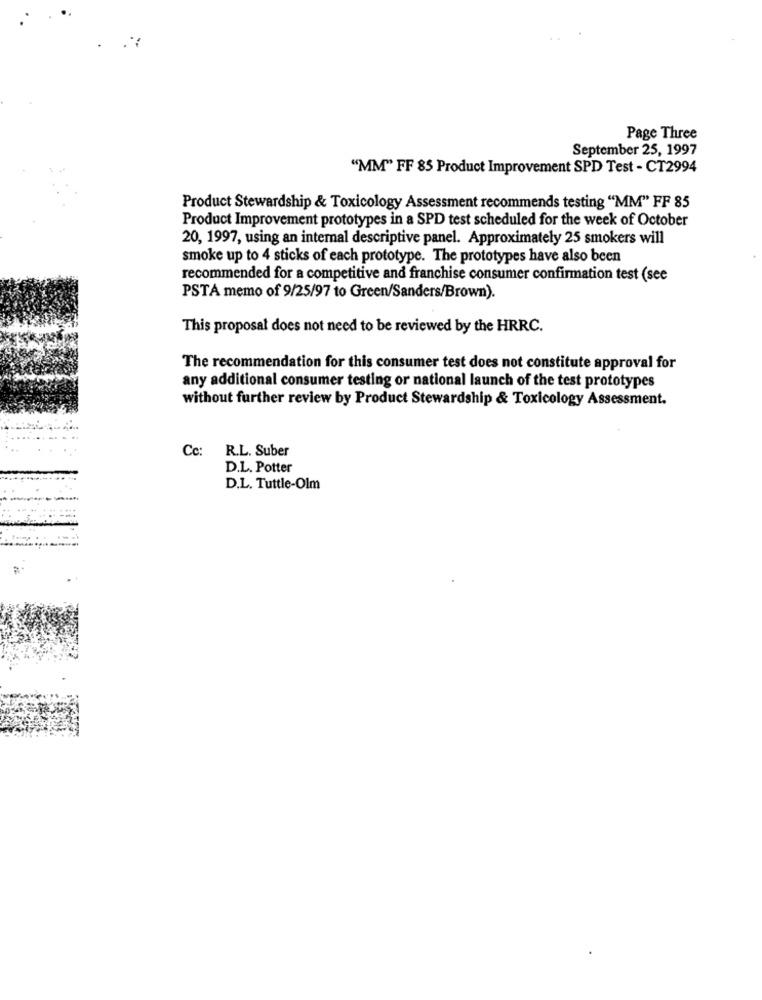
Page Three
September 25, 1997
"MM" FF 85 Product Improvement SPD Test - CT2994
Product Stewardship & Toxicology Assessment recommends testing "MM" FF 85
Product Improvement prototypes in a SPD test scheduled for the week of October
20, 1997, using an internal descriptive panel. Approximately 25 smokers will
smoke up to 4 sticks of each prototype. The prototypes have also been
recommended for a competitive and franchise consumer confirmation test (see
PSTA memo of 9/25/97 to Green/Sanders/Brown).
This proposal does not need to be reviewed by the HRRC.
The recommendation for this consumer test does not constitute approval for
any additional consumer testing or national launch of the test prototypes
without further review by Product Stewardship & Toxicology Assessment.
Cc:
R.L. Suber
D.L. Potter
D.L. Tuttle-Olm